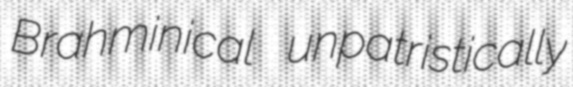
Brahminical unpatristically